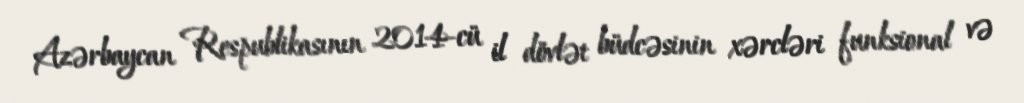
Azərbaycan Respublikasının 2014-cü il dövlət büdcəsinin xərcləri funksional və